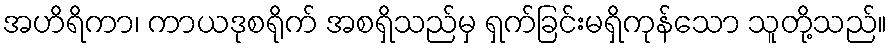
အဟိရိကာ၊ ကာယဒုစရိုက် အစရှိသည်မှ ရှက်ခြင်းမရှိကုန်သော သူတို့သည်။